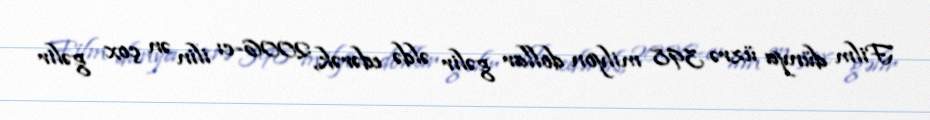
Film dünya üzrə 398 milyon dollar gəlir əldə edərək, 2006-cı ilin ən çox gəlir